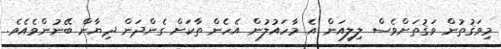
މިވަޤުތުން ވަޤުތަށްވެސް ލިލިއަން އެ މާހައުލުން އެހެން ތާކަށް ގެންދަން ދިޔާން ބޭނުންވެއެވެ.